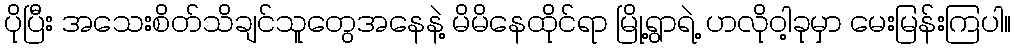
ပိုပြီး အသေးစိတ်သိချင်သူတွေအနေနဲ့ မိမိနေထိုင်ရာ မြို့ရွာရဲ့ ဟလိုဝါ့ခုမှာ မေးမြန်းကြပါ။